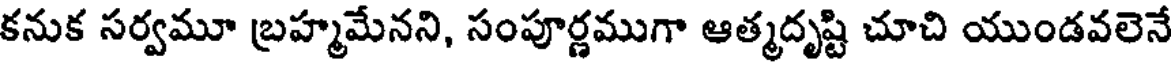
కనుక సర్వమూ బ్రహ్మమేనని, సంపూర్ణముగా ఆత్మదృష్టి చూచి యుండవలెనే